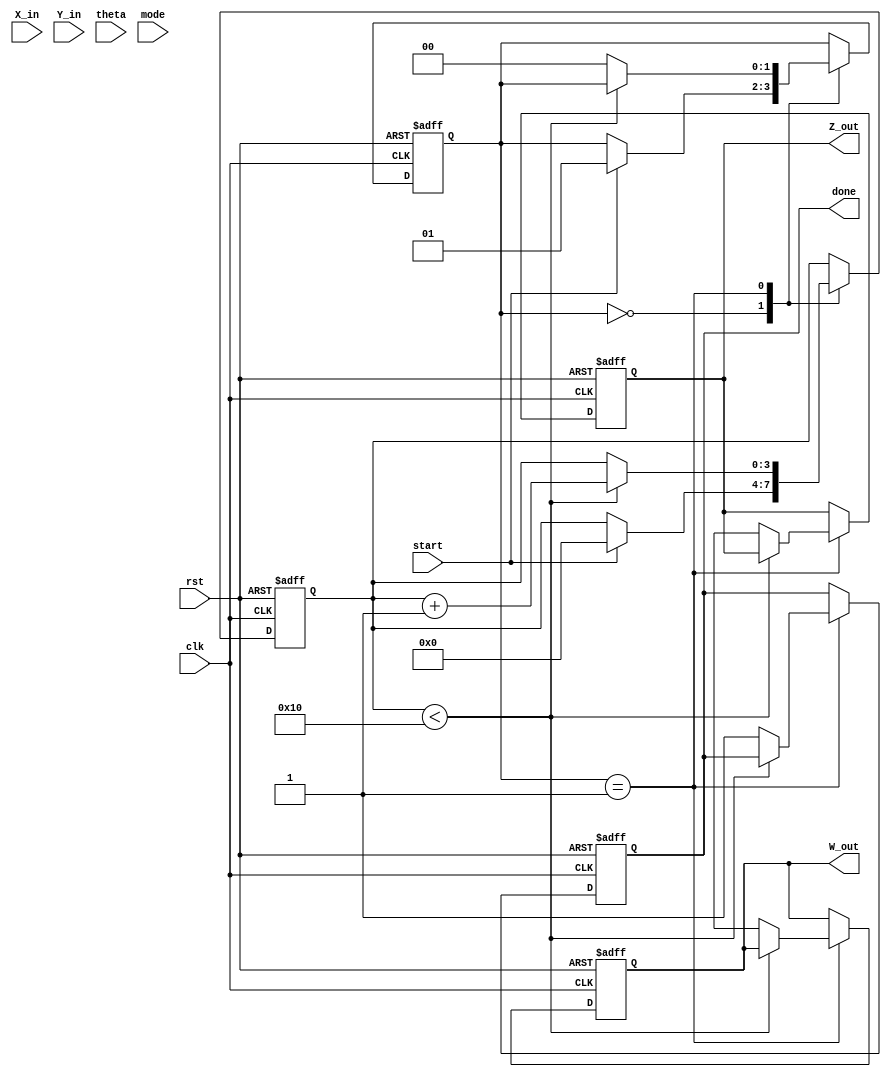
module complex_cordic(
    input clk,
    input rst,
    input start,
    input [15:0] X_in,     // Real part input
    input [15:0] Y_in,     // Imaginary part input
    input [15:0] theta,     // Angle input for rotation in fixed point
    input mode,            // 0: Rotation, 1: Vectoring
    output reg [15:0] Z_out, // Real part output
    output reg [15:0] W_out, // Imaginary part output
    output reg done         // Operation complete signal
);

// Parameters for CORDIC iterations
parameter NUM_ITERATIONS = 16;
parameter FIXED_POINT_SCALE = 16'h4000; // Scaling factor for CORDIC

// Internal signals
reg [15:0] X [0:NUM_ITERATIONS-1];   // X register array for iterations
reg [15:0] Y [0:NUM_ITERATIONS-1];   // Y register array for iterations
reg [15:0] angle_table [0:NUM_ITERATIONS-1]; // Angle lookup table
reg [3:0] iteration_count;            // Iteration control
reg [15:0] theta_reg;                 // Register for angle
reg [1:0] state;                      // State machine for operation control

// Initialization of angle lookup table
initial begin
    angle_table[0] = 16'h0000; // atan(2^0)
    angle_table[1] = 16'h199A; // atan(2^-1)
    angle_table[2] = 16'h32D4; // atan(2^-2)
    angle_table[3] = 16'h3C71; // atan(2^-3)
    angle_table[4] = 16'h4000; // atan(2^-4)
    // Fill in the rest as needed...
end

// State machine for CORDIC operation
always @(posedge clk or posedge rst) begin
    if (rst) begin
        Z_out <= 0;
        W_out <= 0;
        done <= 0;
        iteration_count <= 0;
        state <= 0;
    end else begin
        case (state)
            0: begin // Idle state
                if (start) begin
                    X[0] <= X_in;
                    Y[0] <= Y_in;
                    theta_reg <= theta;
                    iteration_count <= 0;
                    state <= 1; // Move to processing state
                end
            end
            
            1: begin // CORDIC processing
                if (iteration_count < NUM_ITERATIONS) begin
                    // CORDIC rotation algorithm
                    if (mode == 0) begin // Rotation
                        if (theta_reg < 0) begin
                            X[iteration_count + 1] <= X[iteration_count] + (Y[iteration_count] >>> iteration_count);
                            Y[iteration_count + 1] <= Y[iteration_count] - (X[iteration_count] >>> iteration_count);
                            theta_reg <= theta_reg + angle_table[iteration_count];
                        end else begin
                            X[iteration_count + 1] <= X[iteration_count] - (Y[iteration_count] >>> iteration_count);
                            Y[iteration_count + 1] <= Y[iteration_count] + (X[iteration_count] >>> iteration_count);
                            theta_reg <= theta_reg - angle_table[iteration_count];
                        end
                    end else begin // Vectoring
                        // Vectoring logic to be implemented
                    end

                    iteration_count <= iteration_count + 1;
                end else begin
                    Z_out <= X[NUM_ITERATIONS];
                    W_out <= Y[NUM_ITERATIONS];
                    done <= 1; // Operation complete
                    state <= 0; // Go back to idle
                end
            end
        endcase
    end
end

endmodule